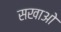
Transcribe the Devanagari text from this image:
सखाओ